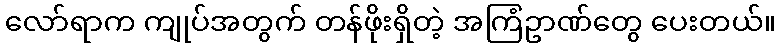
လော်ရာက ကျုပ်အတွက် တန်ဖိုးရှိတဲ့ အကြံဥာဏ်တွေ ပေးတယ်။